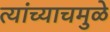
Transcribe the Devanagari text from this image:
त्यांच्याचमुळे